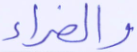
والضراء